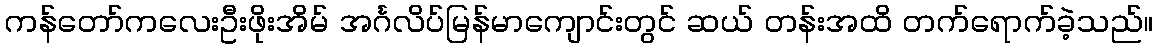
ကန်တော်ကလေးဦးဖိုးအိမ် အင်္ဂလိပ်မြန်မာကျောင်းတွင် ဆယ် တန်းအထိ တက်ရောက်ခဲ့သည်။